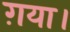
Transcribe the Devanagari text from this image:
ग़या।